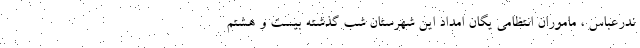
ندرعباس ، ماموران انتظامی یگان امداد این شهرستان شب گذشته بیست و هشتم